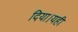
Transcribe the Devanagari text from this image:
दिया।यही